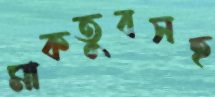
মাকতুবসহ